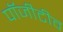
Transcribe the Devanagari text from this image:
पॉजीटीव